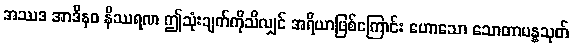
အဿဒ အာဒီနဝ နိဿရဏ ဤသုံးချက်ကိုသိလျှင် အရိယာဖြစ်ကြောင်း ဟောသော သောတာပန္နသုတ်